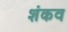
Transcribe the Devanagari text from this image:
शंकव